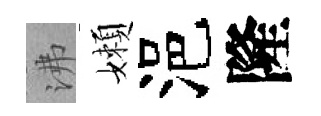
沸嬾浥隆